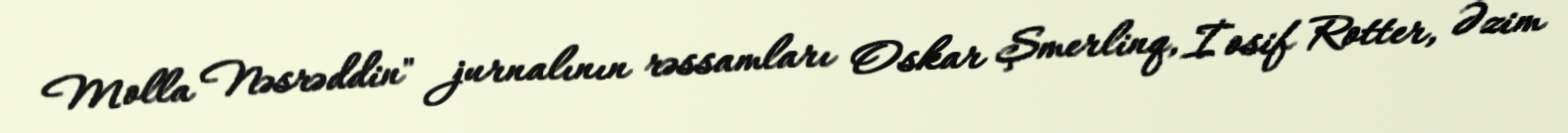
Molla Nəsrəddin" jurnalının rəssamları Oskar Şmerlinq, İosif Rotter, Əzim